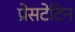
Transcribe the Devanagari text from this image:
प्रेसटेटिन